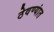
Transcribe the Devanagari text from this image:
ठेवण्यांत